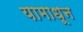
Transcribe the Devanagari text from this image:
यामाधून